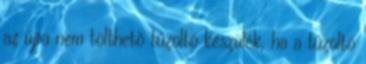
az újra nem tölthetõ tûzoltó készülék, ha a tûzoltó